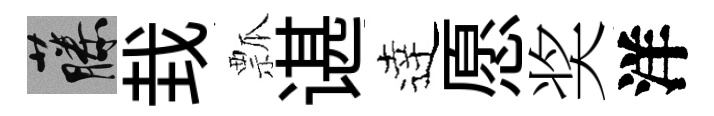
藤㘽瓢谌逹愿奖洋